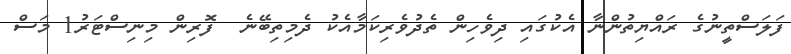
ފަލަސްތީނުގެ ރައްޔިތުންނާ އެކުގައި ދިވެހިން ތެދުވެރިކަމާއެކު ދެމިތިބޭނެ  ފޮރިން މިނިސްޓަރު1 މަސް